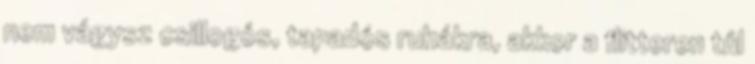
nem vágysz csillogós, tapadós ruhákra, akkor a flitteren túl